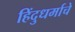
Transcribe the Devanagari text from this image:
हिंदुधर्माचे